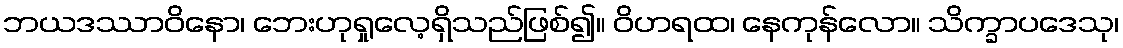
ဘယဒဿာဝိနော၊ ဘေးဟုရှုလေ့ရှိသည်ဖြစ်၍။ ဝိဟရထ၊ နေကုန်လော။ သိက္ခာပဒေသု၊